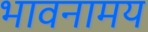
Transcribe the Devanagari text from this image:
भावनामय